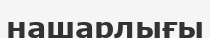
нашарлығы